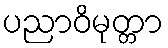
ပညာဝိမုတ္တာ